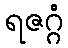
ရဇဂ္ဂံ